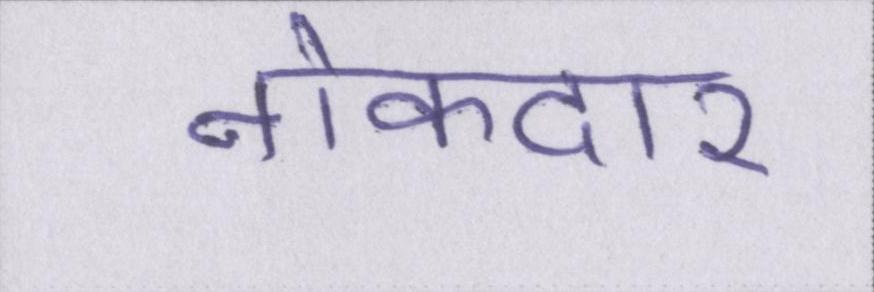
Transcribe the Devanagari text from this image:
नोकदार